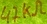
Text: 47KΩ